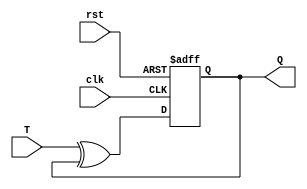
module T_flip_flop (
    input clk,
    input T,
    input rst,
    output reg Q
);

reg D;

// XOR gate to connect T input to D input
assign D = T ^ Q;

// D flip-flop with inverted reset signal
always @(posedge clk or negedge rst) begin
    if (!rst) begin
        Q <= 1'b0;
    end else begin
        Q <= D;
    end
end

endmodule